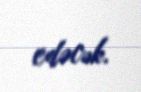
edəcək.